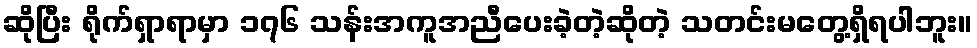
ဆိုပြီး ရိုက်ရှာရာမှာ ၁၇၆ သန်းအကူအညီပေးခဲ့တဲ့ဆိုတဲ့ သတင်းမတွေ့ရှိရပါဘူး။